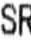
SR